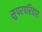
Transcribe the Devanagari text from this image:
सुपरपरिवार